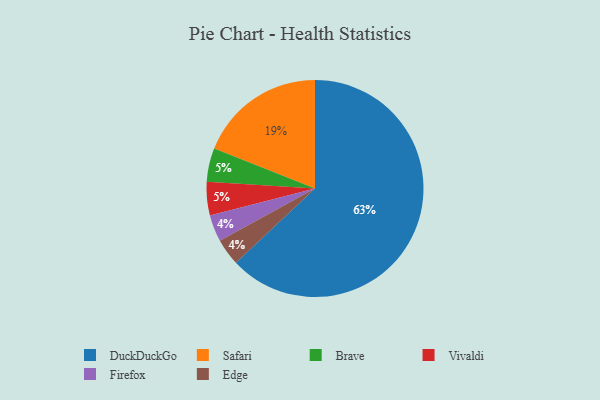
{"axis": {"x": "Category", "y": "Percentage"}, "legend": ["Brave", "DuckDuckGo", "Edge", "Firefox", "Safari", "Vivaldi"], "data": [{"x": "Firefox", "y": 4, "type": "Firefox"}, {"x": "DuckDuckGo", "y": 63, "type": "DuckDuckGo"}, {"x": "Brave", "y": 5, "type": "Brave"}, {"x": "Safari", "y": 19, "type": "Safari"}, {"x": "Edge", "y": 4, "type": "Edge"}, {"x": "Vivaldi", "y": 5, "type": "Vivaldi"}]}